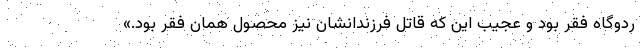
ردوگاه فقر بود و عجیب این که قاتل فرزندانشان نیز محصول همان فقر بود.»